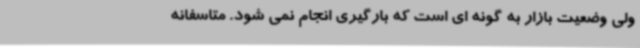
ولی وضعیت بازار به گونه ای است که بارگیری انجام نمی شود. متاسفانه